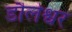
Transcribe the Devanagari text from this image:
डौलेश्वर